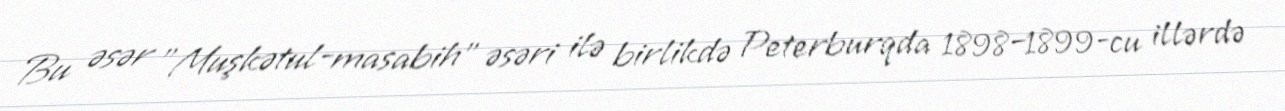
Bu əsər "Muşkətul-masabih" əsəri ilə birlikdə Peterburqda 1898–1899-cu illərdə